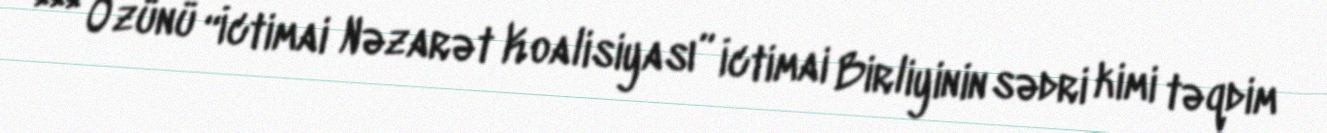
*** Özünü “İctimai Nəzarət Koalisiyası” İctimai Birliyinin sədri kimi təqdim